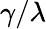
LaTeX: \gamma/\lambda